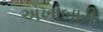
અખાબારી